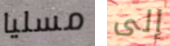
مسليا إلى